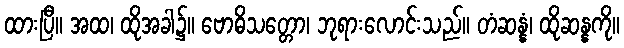
ထားပြီ။ အထ၊ ထိုအခါ၌။ ဗောဓိသတ္တော၊ ဘုရားလောင်းသည်။ တံဆန္နံ၊ ထိုဆန္နကို။